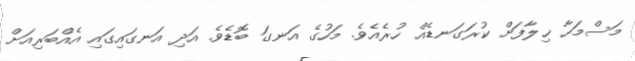
މަސްމަހާ ޚިލާފަށް ކުރަގަނޑެއް ހުރެއެވެ. މަހުގެ އަނގަ ބޮޑެވެ. އަދި އަނގައިގައި އެއްބަރިއަށް